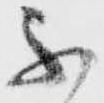
不